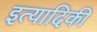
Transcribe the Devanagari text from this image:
इत्‍यादिकी